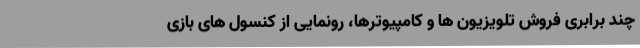
چند برابری فروش تلویزیون ها و کامپیوترها، رونمایی از کنسول های بازی